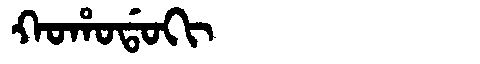
Manchu: ᡴᠣᡥᠣᡩᠣᡴᡳ
Romanization: KOHODOKI